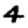
Digit: 4